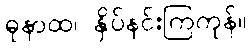
ဓုနာထ၊ နှိပ်နင်းကြကုန်။